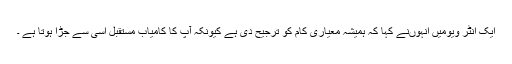
ایک انٹر ویومیں انہوںنے کہا کہ ہمیشہ معیاری کام کو ترجیح دی ہے کیونکہ آپ کا کامیاب مستقبل اسی سے جڑا ہوتا ہے ۔